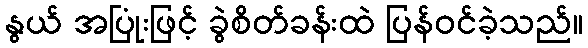
နွယ် အပြုံးဖြင့် ခွဲစိတ်ခန်းထဲ ပြန်ဝင်ခဲ့သည်။